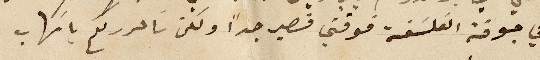
في جوقة الفلسفة فوقتي قصير جدًا ولكن ساحرر لكم باسهاب